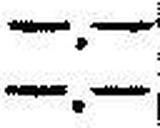
—.—